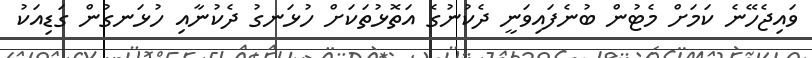
ވައިޖެހޭނެ ކަމަށް މެޓުން ބުނެފައިވަނީ ދެކުނުގެ އަތޮޅުތަކަށް ހުޅަނގު ދެކުނާއި ހުޅަނގުން ގަޑިއަކު